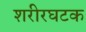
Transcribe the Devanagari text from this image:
शरीरघटक